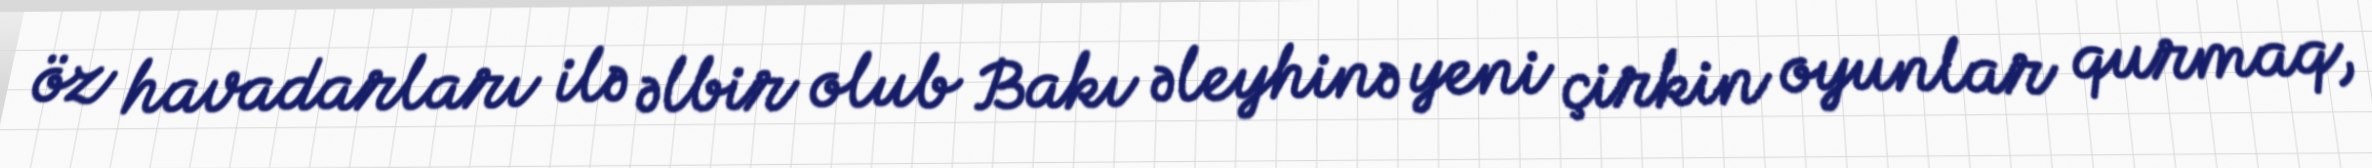
öz havadarları ilə əlbir olub Bakı əleyhinə yeni çirkin oyunlar qurmaq,